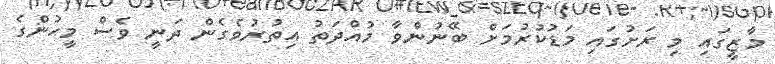
މާޒީގައި މި ރަށުގައި މަޑުކުރުމަށް ބޭނުންވާ މުއްދަތު އިތުރުވެގެން ދަނީ ވެސް މީހުންގެ